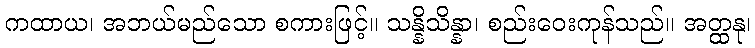
ကထာယ၊ အဘယ်မည်သော စကားဖြင့်။ သန္နိသိန္နာ၊ စည်းဝေးကုန်သည်။ အတ္ထနု၊